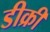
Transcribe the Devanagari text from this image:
डीक्री